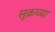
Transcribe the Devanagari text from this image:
सुक्रच्या